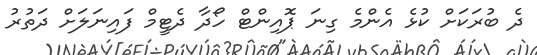
ދެ ބުރަކަށް ކުޅެ އެންމެ ގިނަ ޕޮއިންޓް ހޯދާ ދެޓީމް ފައިނަލަށް ދަތުރު